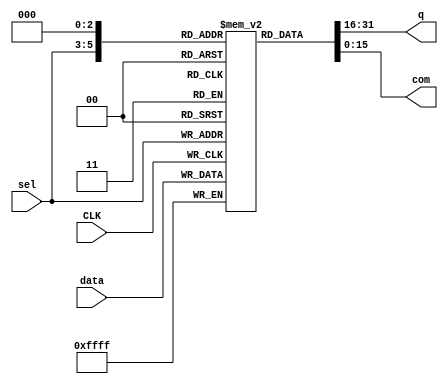
module REG_AR7(
    input wire CLK,
    input wire [15:0] data,
    input wire [2:0] sel,
    output wire [15:0] q,
	 output wire [15:0] com
);
reg [15:0] ramdata[7:0];
always @(posedge CLK)
begin
ramdata[sel]<=data;
end
assign q=ramdata[sel];
assign com=ramdata[3'd0];
endmodule